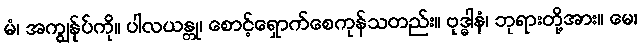
မံ၊ အကျွန်ုပ်ကို။ ပါလယန္တု၊ စောင့်ရှောက်စေကုန်သတည်း။ ဗုဒ္ဓါနံ၊ ဘုရားတို့အား။ မေ၊